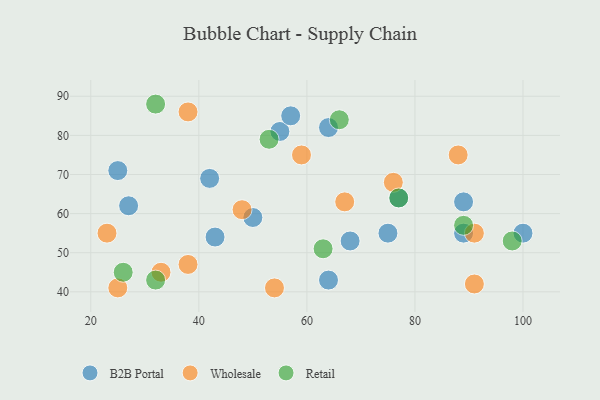
{"axis": {"x": "GDP", "y": "Life Expectancy"}, "legend": ["B2B Portal", "Retail", "Wholesale"], "data": [{"x": "55", "y": 81, "type": "B2B Portal"}, {"x": "64", "y": 82, "type": "B2B Portal"}, {"x": "43", "y": 54, "type": "B2B Portal"}, {"x": "50", "y": 59, "type": "B2B Portal"}, {"x": "57", "y": 85, "type": "B2B Portal"}, {"x": "75", "y": 55, "type": "B2B Portal"}, {"x": "77", "y": 64, "type": "B2B Portal"}, {"x": "100", "y": 55, "type": "B2B Portal"}, {"x": "68", "y": 53, "type": "B2B Portal"}, {"x": "89", "y": 55, "type": "B2B Portal"}, {"x": "25", "y": 71, "type": "B2B Portal"}, {"x": "42", "y": 69, "type": "B2B Portal"}, {"x": "64", "y": 43, "type": "B2B Portal"}, {"x": "89", "y": 63, "type": "B2B Portal"}, {"x": "27", "y": 62, "type": "B2B Portal"}, {"x": "38", "y": 47, "type": "Wholesale"}, {"x": "33", "y": 45, "type": "Wholesale"}, {"x": "91", "y": 55, "type": "Wholesale"}, {"x": "48", "y": 61, "type": "Wholesale"}, {"x": "88", "y": 75, "type": "Wholesale"}, {"x": "59", "y": 75, "type": "Wholesale"}, {"x": "38", "y": 86, "type": "Wholesale"}, {"x": "76", "y": 68, "type": "Wholesale"}, {"x": "67", "y": 63, "type": "Wholesale"}, {"x": "54", "y": 41, "type": "Wholesale"}, {"x": "23", "y": 55, "type": "Wholesale"}, {"x": "91", "y": 42, "type": "Wholesale"}, {"x": "25", "y": 41, "type": "Wholesale"}, {"x": "32", "y": 43, "type": "Retail"}, {"x": "77", "y": 64, "type": "Retail"}, {"x": "98", "y": 53, "type": "Retail"}, {"x": "53", "y": 79, "type": "Retail"}, {"x": "26", "y": 45, "type": "Retail"}, {"x": "63", "y": 51, "type": "Retail"}, {"x": "32", "y": 88, "type": "Retail"}, {"x": "89", "y": 57, "type": "Retail"}, {"x": "66", "y": 84, "type": "Retail"}]}